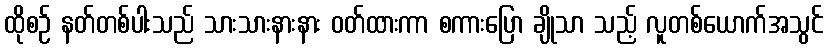
ထိုစဉ် နတ်တစ်ပါးသည် သားသားနားနား ဝတ်ထားကာ စကားပြော ချိုသာ သည့် လူတစ်ယောက်အသွင်